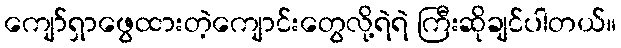
ကျော်ရှာဖွေထားတဲ့ကျောင်းတွေလို့ရဲရဲ ကြီးဆိုချင်ပါတယ်။